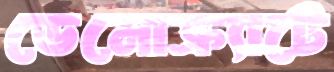
ডেমোক্র্যাটে